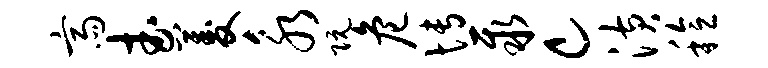
斋武菱永阮危博聚c潢稔